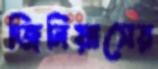
জিনিয়াসের